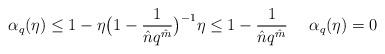
LaTeX: \begin{align*} \alpha_q(\eta)\leq 1 - \eta\big(1-\frac{1}{\hat{n}q^{\hat{m}}}\big)^{-1} \eta \leq 1 - \frac{1}{\hat{n}q^{\hat{m}}} \ \ \ \ \alpha_q(\eta)=0\end{align*}